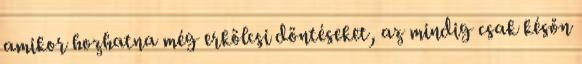
amikor hozhatna még erkölcsi döntéseket, az mindig csak későn